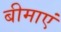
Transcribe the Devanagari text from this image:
बीमाएं